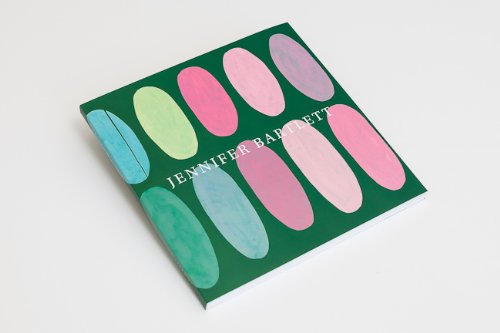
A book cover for Jennifer Bartlett: Chaos Theory (1971-2013); Ann Landi; Science & Math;